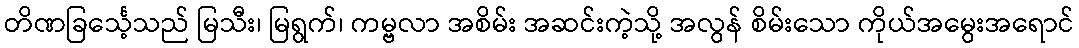
တိဏခြင်္သေ့သည် မြသီး၊ မြရွက်၊ ကမ္ဗလာ အစိမ်း အဆင်းကဲ့သို့ အလွန် စိမ်းသော ကိုယ်အမွေးအရောင်